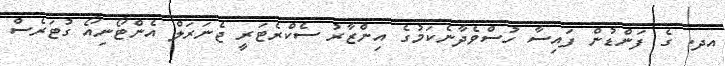
އދ. ގެ ފަންޑުން ފައިސާ ހުސްވެދާނެކަމުގެ އިންޒާރު ސެކްރެޓަރީ ޖެނަރަލް އެންޓޯނިއޯ ގުޓަރެސް